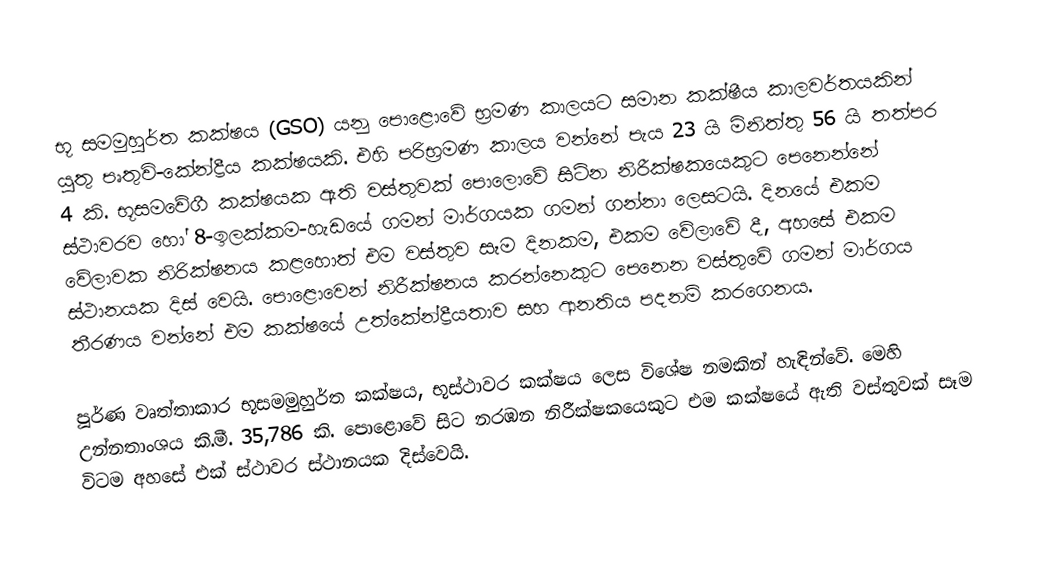
භූ සමමුහුර්ත කක්ෂය (GSO) යනු පොළොවේ භ්‍රමණ කාලයට සමාන කක්ෂීය කාලවර්තයකින් යුතු පෘතුවි-කේන්ද්‍රීය කක්ෂයකි. එහි පරිභ්‍රමණ කාලය වන්නේ පැය 23 යි මිනිත්තු 56 යි තත්පර 4 කි. භූසමවේගී කක්ෂයක ඇති වස්තුවක් පොලොවේ සිටින නිරීක්ෂකයෙකුට පෙනෙන්නේ ස්ථාවරව හෝ 8-ඉලක්කම-හැඩයේ ගමන් මාර්ගයක ගමන් ගන්නා ලෙසටයි. දිනයේ එකම වේලාවක නිරික්ෂනය කළහොත් එම වස්තුව සෑම දිනකම, එකම වේලාවේ දී, අහසේ එකම ස්ථානයක දිස් වෙයි. පොළොවෙන් නිරීක්ෂනය කරන්නෙකුට පෙනෙන වස්තුවේ ගමන් මාර්ගය තීරණය වන්නේ එම කක්ෂයේ උත්කේන්ද්‍රීයතාව සහ ආනතිය පදනම් කරගෙනය.

පූර්ණ වෘත්තාකාර භූසමමුහුර්ත කක්ෂය, භූස්ථාවර කක්ෂය ලෙස විශේෂ නමකින් හැඳින්වේ. මෙහි උන්නතාංශය කි.මී. 35,786 කි. පොළොවේ සිට නරඹන නිරීක්ෂකයෙකුට එම කක්ෂයේ ඇති වස්තුවක් සෑම විටම අහසේ එක් ස්ථාවර ස්ථානයක දිස්වෙයි.